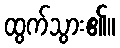
ထွက်သွား၏။